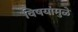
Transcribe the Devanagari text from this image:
विषयांमुळे